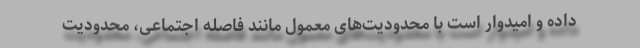
داده و امیدوار است با محدودیت‌های معمول مانند فاصله اجتماعی، محدودیت